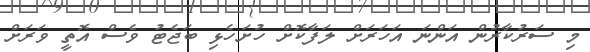
މި ސަރުކާރުން އަންނަ އަހަރަށް ލަފާކޮށް ހުށަހެޅި ބަޖެޓު ވެސް އޮތީ ވަރަށް